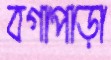
বগাপাড়া